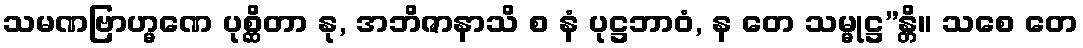
သမဏဗြာဟ္မဏေ ပုစ္ဆိတာ နု, အဘိဇာနာသိ စ နံ ပုဋ္ဌဘာဝံ, န တေ သမ္မုဋ္ဌ”န္တိ။ သစေ တေ